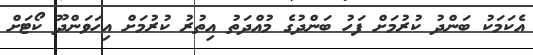
އެކަމަކު ބަންދު ކުރުމަށް ފަހު ބަންދުގެ މުއްދަތު އިތުރު ކުރުމަށް އިހަވަންދޫ ކޯޓަށް